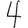
Digit: 4